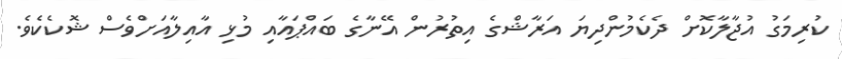
ކުރިމަގު އުޖާލާކޮށް ދެކެމުންދިޔަ އަރާޝްގެ އިތުރުން އޭނާގެ ބައްޕައާއި މުޅި އާއިލާއަށްވެސް ޝޮކެކެވެ.